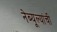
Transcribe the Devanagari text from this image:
नेब्यूल्यांची